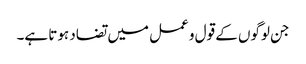
جن لوگوں کے قول و عمل میں تضاد ہوتا ہے۔